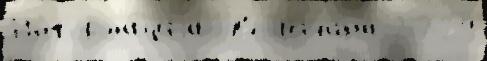
Информа́циjа  в'ел'ичина́ 2729